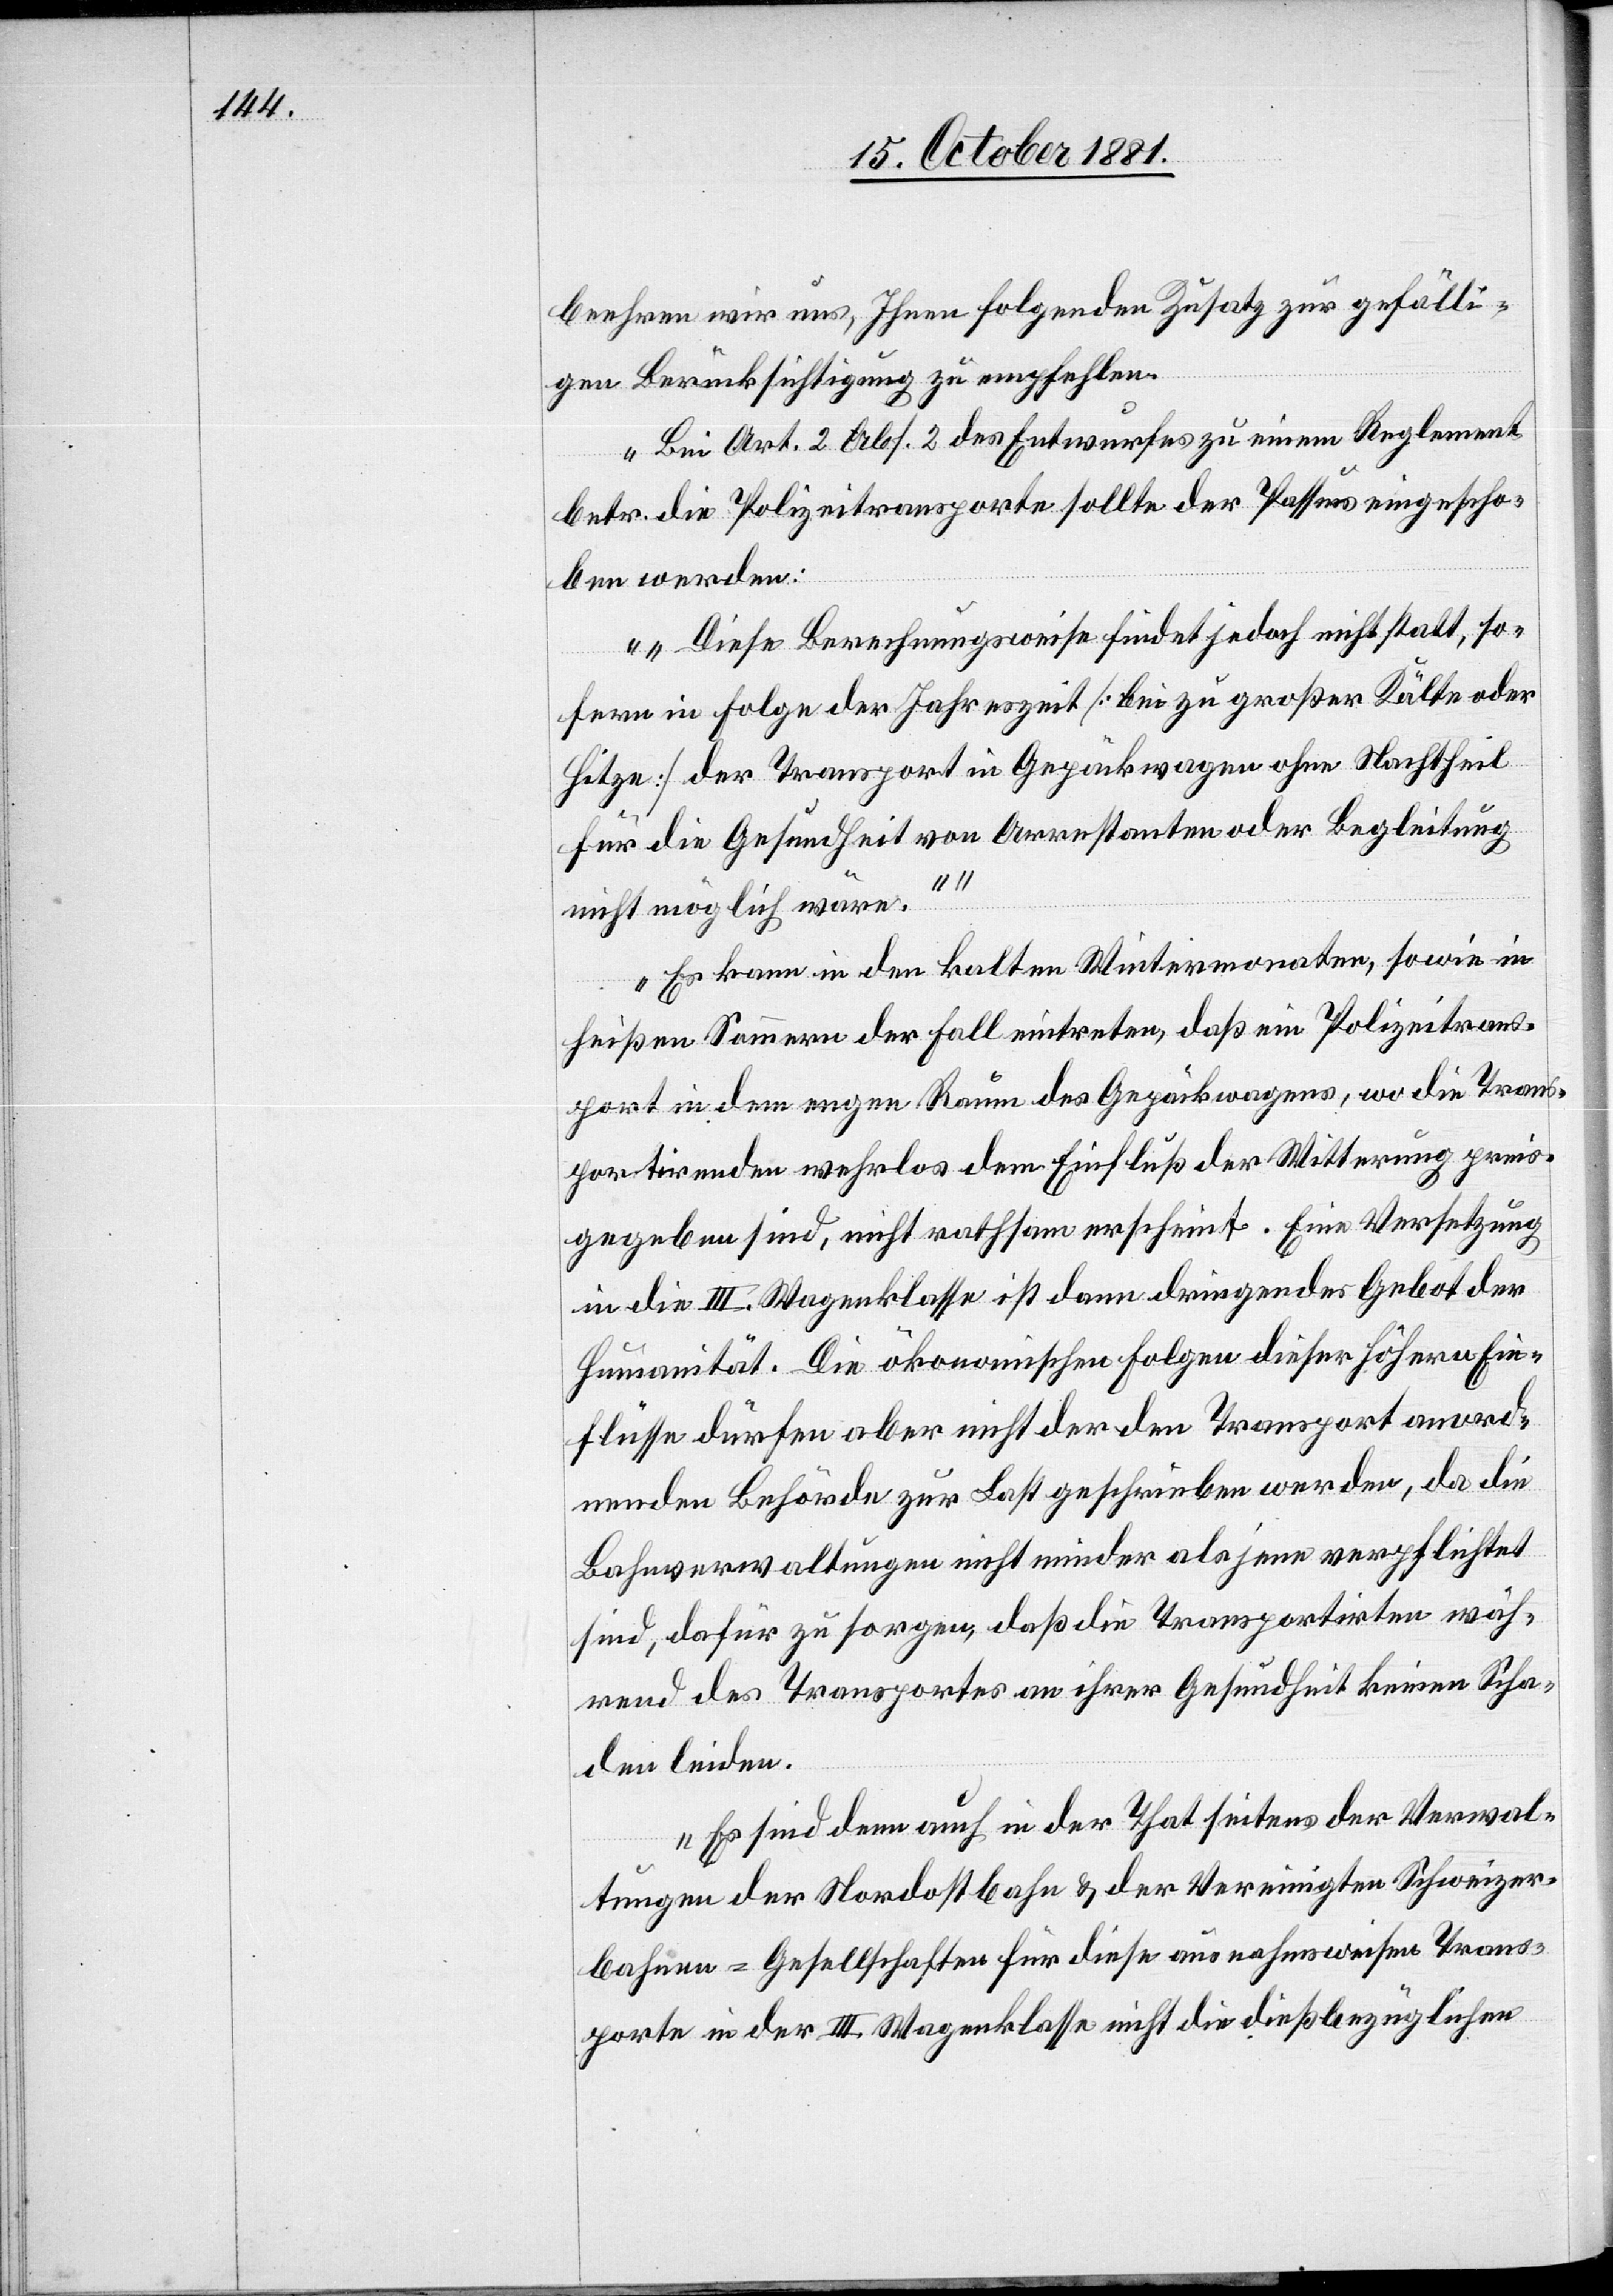
beehren wir uns, Ihnen folgenden Zusatz zur gefälli¬
gen Berücksichtigung zu empfehlen.
Bei Art. 2 Abs. 2 des Entwurfes zu einem Reglement
betr. die Polizeitransporte sollte der Passus eingescho¬
ben werden:
„Diese Berechnungsweise findet jedoch nicht statt, so¬
fern in Folge der Jahreszeit [bei zu großer Kälte oder
Hitze] der Transport in Gepäckwagen ohne Nachtheil
für die Gesundheit von Arrestanten oder Begleitung
nicht möglich wäre.“
Es kann in den kalten Wintermonaten, sowie in
heißen Sommern der Fall eintreten, daß ein Polizeitrans¬
port in dem engen Raum des Gepäckwagens, wo die Trans¬
portirenden wehrlos dem Einfluß der Witterung preis¬
gegeben sind, nicht rathsam erscheint. Eine Versetzung
in die III. Wagenklasse ist dann dringendes Gebot der
Humanität. Die ökonomischen Folgen dieser höhern Ein¬
flüsse dürfen aber nicht der den Transport anord¬
nenden Behörde zur Last geschrieben werden, da die
Bahnverwaltungen nicht minder als jene verpflichtet
sind, dafür zu sorgen, daß die Transportirten wäh¬
rend des Transportes an ihrer Gesundheit keinen Scha¬
den leiden.
Es sind dann auch in der That seitens der Verwal¬
tungen der Nordostbahn & der Vereinigten Schweizer¬
bahnen-Gesellschaften für diese ausnahmsweisen Trans¬
porte in der III. Wagenklasse nicht die dießbezüglichen